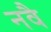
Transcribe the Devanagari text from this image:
नवै